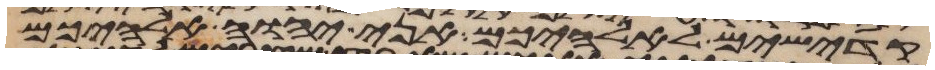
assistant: קדישים לאלהיכם אני יהוה אלהיכם